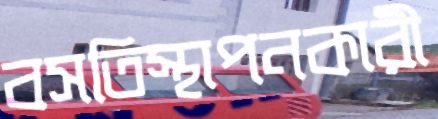
বসতিস্থাপনকারী